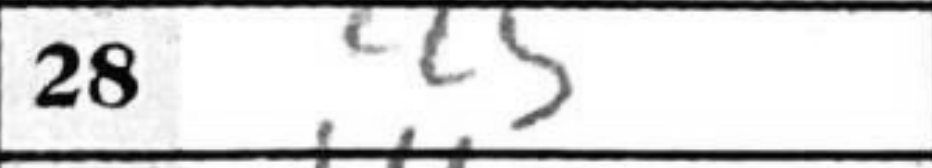
Transcription: Kc5